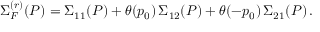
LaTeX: \Sigma _ { F } ^ { ( r ) } ( P ) = \Sigma _ { 1 1 } ( P ) + \theta ( p _ { 0 } ) \, \Sigma _ { 1 2 } ( P ) + \theta ( - p _ { 0 } ) \, \Sigma _ { 2 1 } ( P ) \, .